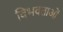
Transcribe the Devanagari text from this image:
विभवताओं